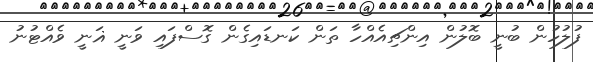
ފުލުހުން ބުނީ ބޮލުން އިންޗިއެއްހާ ތަން ކަނޑައިގެން ގޮސްފައި ވަނީ ޣަނީ ވެއްޓުނު